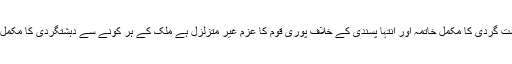
انہوں نے کہاکہ دہشت گردی کا مکمل خاتمہ اور انتہا پسندی کے خلاف پوری قوم کا عزم غیر متزلزل ہے ملک کے ہر کونے سے دہشتگردی کا مکمل خاتمہ کردیں گے ۔